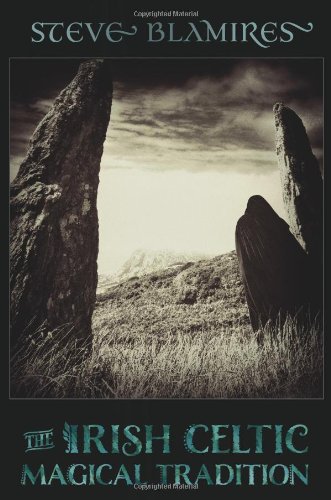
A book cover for The Irish Celtic Magical Tradition; Steve Blamires; Religion & Spirituality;